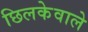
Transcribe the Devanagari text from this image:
छिलकेवाले